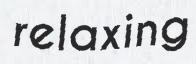
relaxing